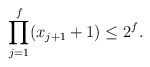
\begin{align*} \prod_{j=1}^{f} (x_{j+1}+1)\leq 2^{f}.\end{align*}